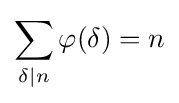
\sum _{\delta \mid n}\varphi (\delta )=n